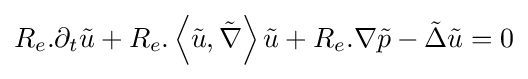
R_{e}.\partial _{t}{\tilde {u}}+R_{e}.\left\langle {\tilde {u}},{\tilde {\nabla }}\right\rangle {\tilde {u}}+R_{e}.\nabla {\tilde {p}}-{\tilde {\Delta }}{\tilde {u}}=0